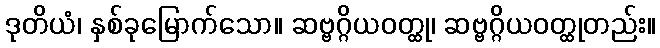
ဒုတိယံ၊ နှစ်ခုမြောက်သော။ ဆဗ္ဗဂ္ဂိယဝတ္ထု၊ ဆဗ္ဗဂ္ဂိယဝတ္ထုတည်း။